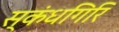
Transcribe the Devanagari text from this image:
स्‍कंधगिरि